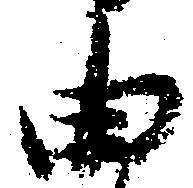
由